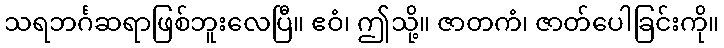
သရဘင်္ဂဆရာဖြစ်ဘူးလေပြီ။ ဧဝံ၊ ဤသို့။ ဇာတကံ၊ ဇာတ်ပေါခြင်းကို။